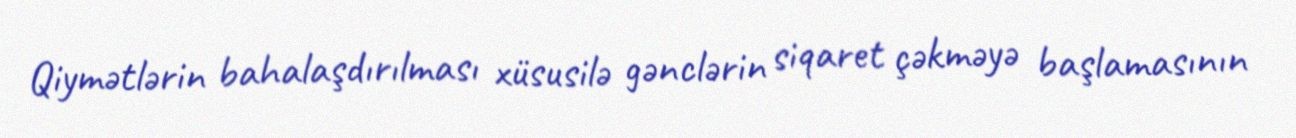
Qiymətlərin bahalaşdırılması xüsusilə gənclərin siqaret çəkməyə başlamasının